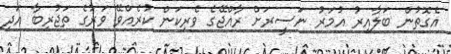
އެގޮތުން ބަލާއިރު އުމަރު ނަސީރަށް ރާއްޖޭގެ ވެރިކަން ކުރެއްވޭ ވަރުގެ ތަޖުރިބާ އަދި